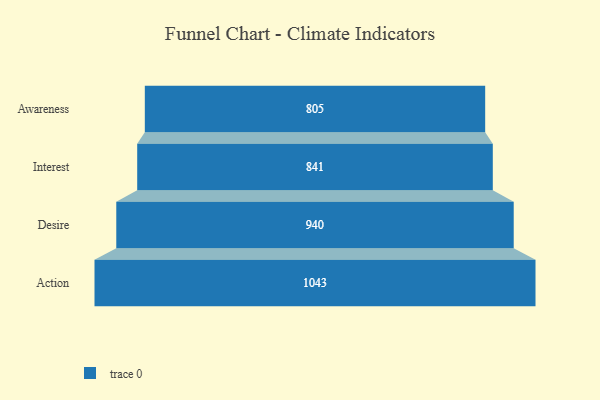
{"axis": {"x": "Stage", "y": "Value"}, "legend": [""], "data": [{"x": "Awareness", "y": 805.0, "type": ""}, {"x": "Interest", "y": 841.0, "type": ""}, {"x": "Desire", "y": 940.0, "type": ""}, {"x": "Action", "y": 1043.0, "type": ""}]}